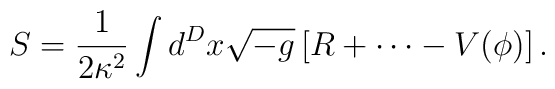
S = \frac1{2\kappa^2}\int d^Dx\sqrt{-g}\left[R+\cdots-V(\phi)\right].